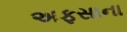
અફસાના